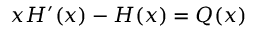
x { H } ^ { \prime } ( x ) - { H } ( x ) = { Q } ( x )